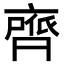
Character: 𮮺